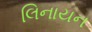
લિનાયન